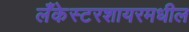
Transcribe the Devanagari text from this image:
लँकेस्टरशायरमधील